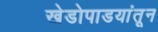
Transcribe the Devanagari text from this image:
खेडोपाडयांतून